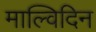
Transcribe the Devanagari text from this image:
माल्विदिन